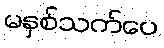
မနှစ်သက်ပေ